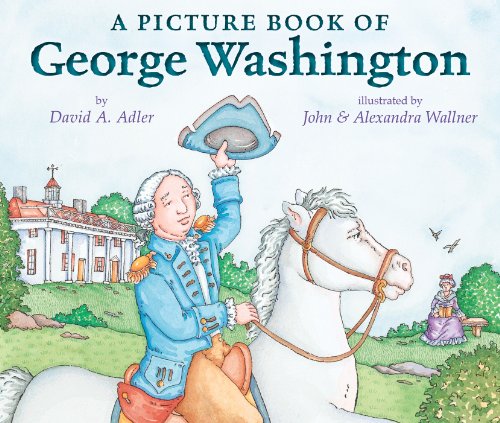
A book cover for A Picture Book of George Washington (Picture Book Biography); David A. Adler; Children's Books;